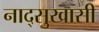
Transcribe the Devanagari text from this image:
नाद्सुखासी